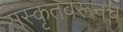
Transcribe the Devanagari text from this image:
संस्कृतवरूनच